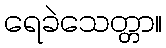
ရေခဲသေတ္တာ။